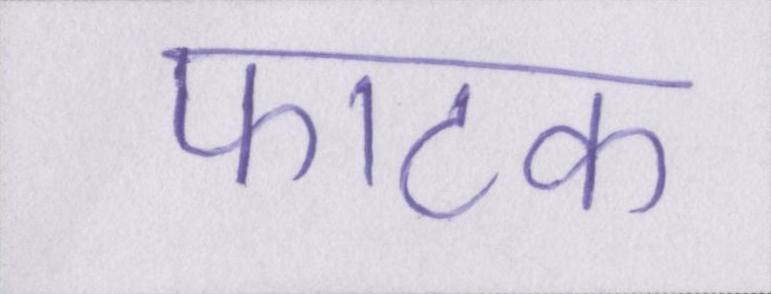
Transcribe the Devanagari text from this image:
फाटक